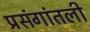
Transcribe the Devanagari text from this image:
प्रसंगांतली